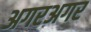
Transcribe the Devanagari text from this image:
अगरअगर